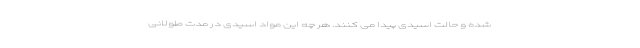
شده و حالت اسیدی پیدا می کنند. هر چه این مواد اسیدی در مدت طولانی